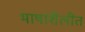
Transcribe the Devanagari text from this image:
भाषांशैलींत